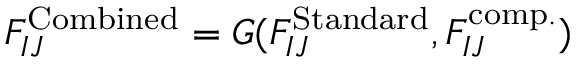
\begin{array} { r } { F _ { I J } ^ { \mathrm { C o m b i n e d } } = G ( F _ { I J } ^ { \mathrm { S t a n d a r d } } , F _ { I J } ^ { \mathrm { c o m p . } } ) } \end{array}